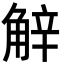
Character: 觪